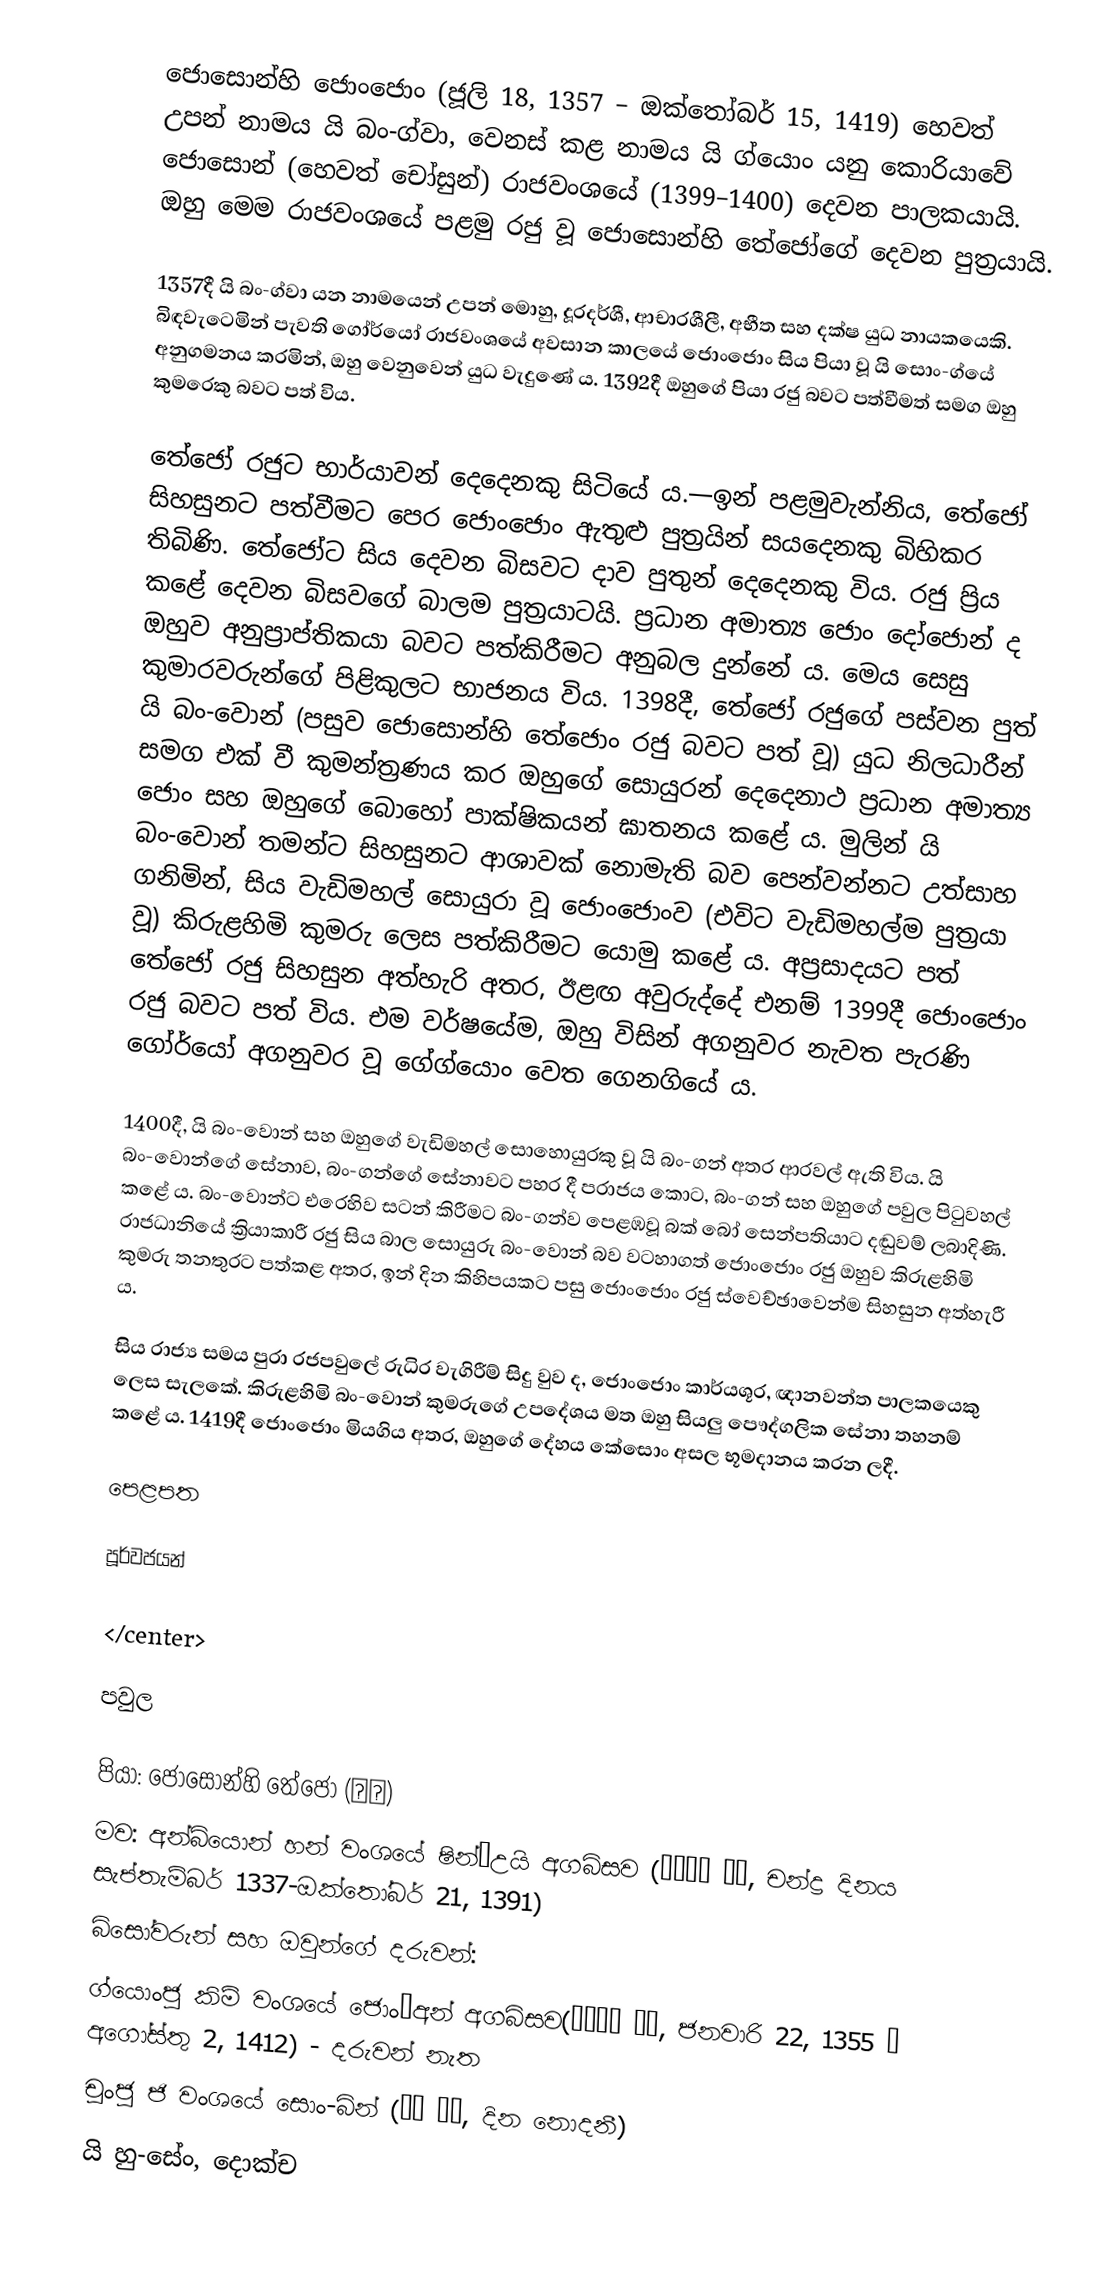
ජොසොන්හි ජොංජොං (ජූලි 18, 1357 – ඔක්තෝබර් 15, 1419) හෙවත් උපන් නාමය යි බං-ග්වා, වෙනස් කළ නාමය යි ග්යොං යනු කොරියාවේ ජොසොන් (හෙවත් චෝසුන්) රාජවංශයේ (1399–1400) දෙවන පාලකයායි. ඔහු මෙම රාජවංශයේ පළමු රජු වූ ජොසොන්හි තේජෝගේ දෙවන පුත්‍රයායි.

1357දී යි බං-ග්වා යන නාමයෙන් උපන් මොහු, දූරදර්ශී, ආචාරශීලී, අභීත සහ දක්ෂ යුධ නායකයෙකි. බිඳවැටෙමින් පැවති ගෝර්යෝ රාජවංශයේ අවසාන කාලයේ ජොංජොං සිය පියා වූ යි සොං-ග්යේ අනුගමනය කරමින්, ඔහු වෙනුවෙන් යුධ වැදුණේ ය. 1392දී ඔහුගේ පියා රජු බවට පත්වීමත් සමග ඔහු කුමරෙකු බවට පත් විය.

තේජෝ රජුට භාර්යාවන් දෙදෙනකු සිටියේ ය.—ඉන් පළමුවැන්නිය, තේජෝ සිහසුනට පත්වීමට පෙර ජොංජොං ඇතුළු පුත්‍රයින් සයදෙනකු බිහිකර තිබිණි. තේජෝට සිය දෙවන බිසවට දාව පුතුන් දෙදෙනකු විය. රජු ප්‍රිය කළේ දෙවන බිසවගේ බාලම පුත්‍රයාටයි. ප්‍රධාන අමාත්‍ය ජොං දෝජොන් ද ඔහුව අනුප්‍රාප්තිකයා බවට පත්කිරීමට අනුබල දුන්නේ ය. මෙය සෙසු කුමාරවරුන්ගේ පිළිකුලට භාජනය විය. 1398දී, තේජෝ රජුගේ පස්වන පුත් යි බං-වොන් (පසුව ජොසොන්හි තේජොං රජු බවට පත් වූ) යුධ නිලධාරීන් සමග එක් වී කුමන්ත්‍රණය කර ඔහුගේ සොයුරන් දෙදෙනාථ ප්‍රධාන අමාත්‍ය ජොං සහ ඔහුගේ බොහෝ පාක්ෂිකයන් ඝාතනය කළේ ය. මුලින් යි බං-වොන් තමන්ට සිහසුනට ආශාවක් නොමැති බව පෙන්වන්නට උත්සාහ ගනිමින්, සිය වැඩිමහල් සොයුරා වූ ජොංජොංව (එවිට වැඩිමහල්ම පුත්‍රයා වූ) කිරුළහිමි කුමරු ලෙස පත්කිරීමට යොමු කළේ ය. අප්‍රසාදයට පත් තේජෝ රජු සිහසුන අත්හැරි අතර, ඊළඟ අවුරුද්දේ එනම් 1399දී ජොංජොං රජු බවට පත් විය. එම වර්ෂයේම, ඔහු විසින් අගනුවර නැවත පැරණි ගෝර්යෝ අගනුවර වූ ගේග්යොං වෙත ගෙනගියේ ය.

1400දී, යි බං-වොන් සහ ඔහුගේ වැඩිමහල් සොහොයුරකු වූ යි බං-ගන් අතර ආරවල් ඇති විය. යි බං-වොන්ගේ සේනාව, බං-ගන්ගේ සේනාවට පහර දී පරාජය කොට, බං-ගන් සහ ඔහුගේ පවුල පිටුවහල් කළේ ය. බං-වොන්ට එරෙහිව සටන් කිරීමට බං-ගන්ව පෙළඹවූ බක් බෝ සෙන්පතියාට දඬුවම් ලබාදිණි. රාජධානියේ ක්‍රියාකාරී රජු සිය බාල සොයුරු බං-වොන් බව වටහාගත් ජොංජොං රජු ඔහුව කිරුළහිමි කුමරු තනතුරට පත්කළ අතර, ඉන් දින කිහිපයකට පසු ජොංජොං රජු ස්වෙච්ඡාවෙන්ම සිහසුන අත්හැරී ය.

සිය රාජ්‍ය සමය පුරා රජපවුලේ රුධිර වැගිරීම් සිදු වුව ද, ජොංජොං කාර්යශූර, ඥානවන්ත පාලකයෙකු ලෙස සැලකේ. කිරුළහිමි බං-වොන් කුමරුගේ උපදේශය මත ඔහු සියලු පෞද්ගලික සේනා තහනම් කළේ ය. 1419දී ජොංජොං මියගිය අතර, ඔහුගේ දේහය කේසොං අසල භූමදානය කරන ලදී.

පෙළපත

පූර්වජයන්

</center>

පවුල

පියා: ජොසොන්හි තේජෝ (태조)
මව: අන්බ්යොන් හන් වංශයේ ෂින්’උයි අගබිසව (신의왕후 한씨, චන්ද්‍ර දිනය සැප්තැම්බර් 1337-ඔක්තෝබර් 21, 1391)
බිසෝවරුන් සහ ඔවුන්ගේ දරුවන්:
 ග්යොංජු කිම් වංශයේ ජොං’අන් අගබිසව(정안왕후 김씨, ජනවාරි 22, 1355 – අගෝස්තු 2, 1412) - දරුවන් නැත
 චුංජු ජි වංශයේ සොං-බින් (성빈 지씨, දින නොදනී)
 යි හු-සේං, දොක්ච